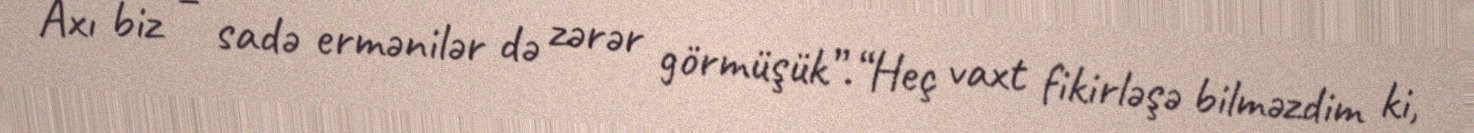
Axı biz – sadə ermənilər də zərər görmüşük”.“Heç vaxt fikirləşə bilməzdim ki,